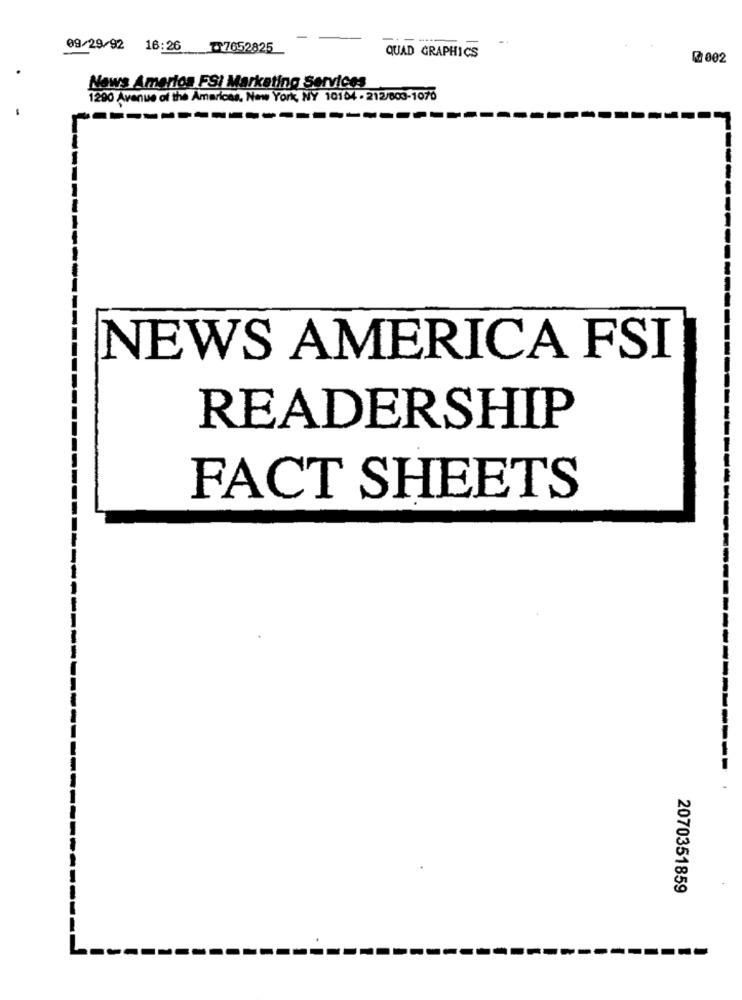
-
09/29/92 16:26 - 7652825
QUAD GRAPHICS
₡ 002
News Amarios FS/ Marketing Services
1290 Avenue of the Americas. New York, NY 10104 - 212/803-1075
NEWS AMERICA FSI
READERSHIP
FACT SHEETS
2070351859